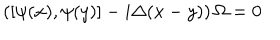
\left( \left[ \psi ( x ) , \psi ( y ) \right] - i \Delta ( x - y ) \right) \Omega = 0